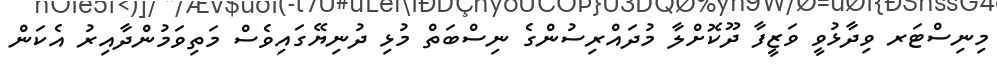
މިނިސްޓަރ ވިދާޅުވީ ވަޒީފާ ދޫކޮށްލާ މުދައްރިސުންގެ ނިސްބަތް މުޅި ދުނިޔޭގައިވެސް މަތިވަމުންދާއިރު އެކަން